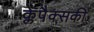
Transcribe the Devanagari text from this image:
क्लेपैक्सकी